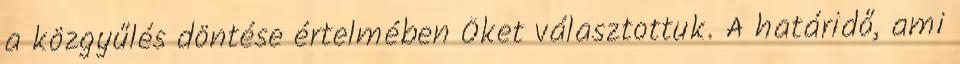
a közgyűlés döntése értelmében Őket választottuk. A határidő, ami